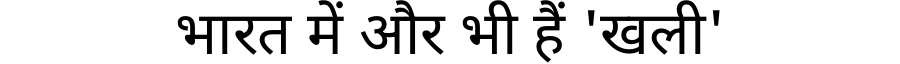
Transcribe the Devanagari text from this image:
भारत में और भी हैं 'खली'